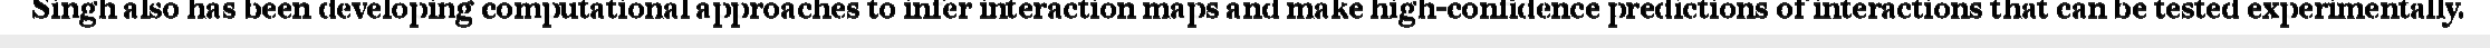
Singh also has been developing computational approaches to infer interaction maps and make high-confidence predictions of interactions that can be tested experimentally.